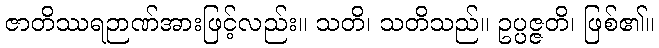
ဇာတိဿရဉာဏ်အားဖြင့်လည်း။ သတိ၊ သတိသည်။ ဥပ္ပဇ္ဇတိ၊ ဖြစ်၏။